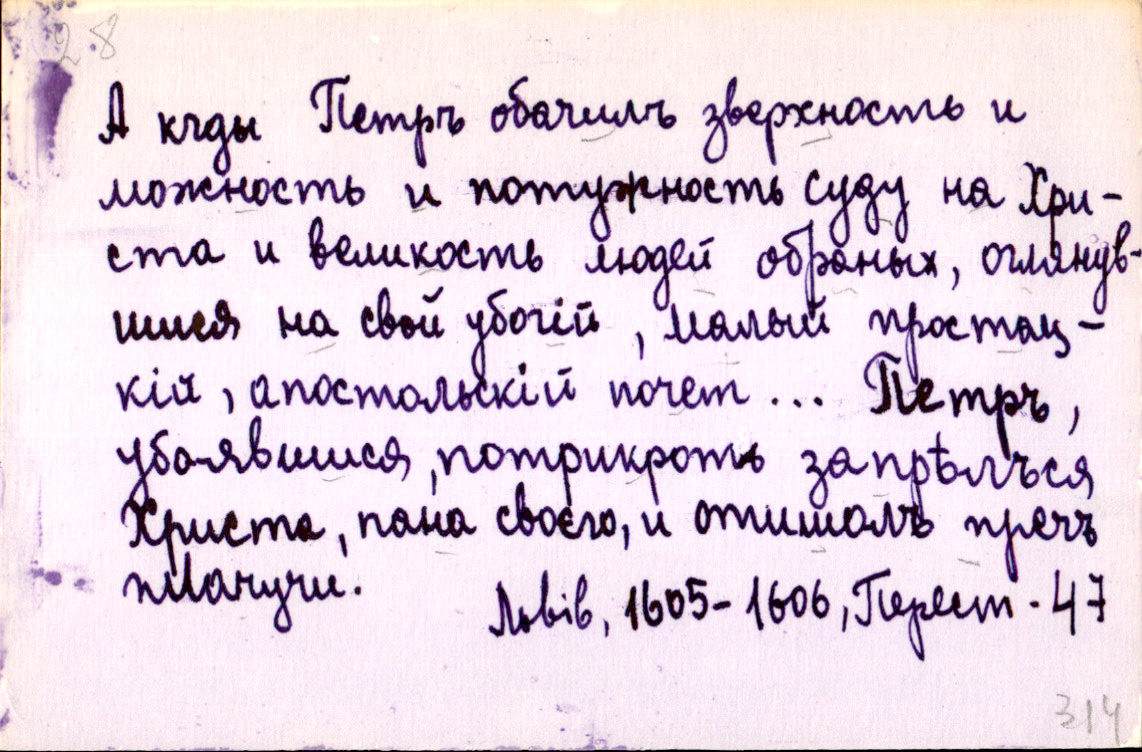
А кгды Петръ обачилъ зверхность и
можность и потужность суду на Хри-
ста и великость людей обраных, оглянув-
шися на свой убогій, малый простац-
кій, апостольскій почет... Петръ,
убоявшися, потрикроть запрѣлъся
Христа, пана своєго, и отишолъ пречъ
плачучи.
Львів, 1605-1606, Перест. 47